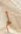
لم